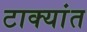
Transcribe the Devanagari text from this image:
टाक्यांत